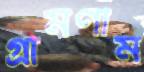
গ্রামণীম